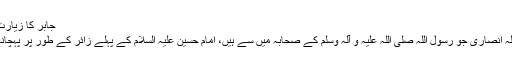
جابر کا زیارت کرنا[ترمیم]
جابر بن عبداللہ انصاری جو رسول اللہ صلی اللہ علیہ و آلہ وسلم کے صحابہ میں سے ہیں، امام حسین علیہ السلام کے پہلے زائر کے طور پر پہچانے جاتے ہیں۔